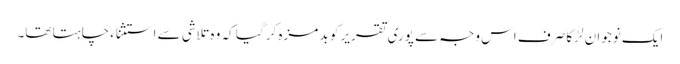
ایک نوجوان لڑکا صرف اس وجہ سے پوری تقریر کو بد مزہ کر گیا کہ وہ تلاشی سے استثناء چاہتا تھا۔